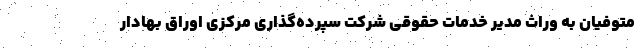
متوفیان به وراث مدیر خدمات حقوقی شرکت سپرده‌گذاری مرکزی اوراق بهادار